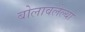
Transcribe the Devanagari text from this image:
बोलावलेल्या